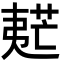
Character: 𡙧